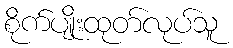
စိုက်ပျိုးထုတ်လုပ်သူ